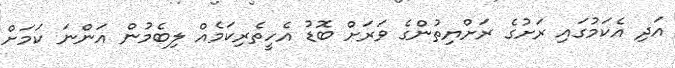
އަދި އެކަމުގައި ރަށުގެ ރަށްޔިތުންގެ ވަރަށް ބޮޑު އެހީތެރިކަމެއް ލިބެމުން އަންނަ ކަމަށް